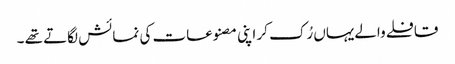
قافلے والےیہاں رُک کر اپنی مصنوعات کی نمائش لگاتے تھے ۔